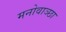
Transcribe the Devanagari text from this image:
मनोवाञ्छा